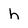
Character: h